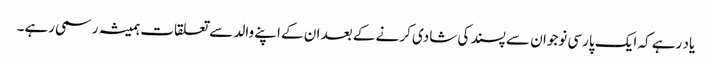
یاد رہے کہ ایک پارسی نوجوان سے پسند کی شادی کرنے کے بعد ان کے اپنے والد سے تعلقات ہمیشہ رسمی رہے۔